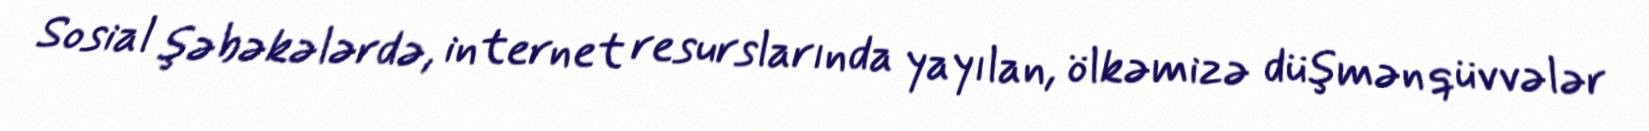
Sosial şəbəkələrdə, internet resurslarında yayılan, ölkəmizə düşmən qüvvələr